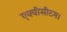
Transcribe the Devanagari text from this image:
एक्वीसीटम।